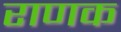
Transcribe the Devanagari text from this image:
राणक